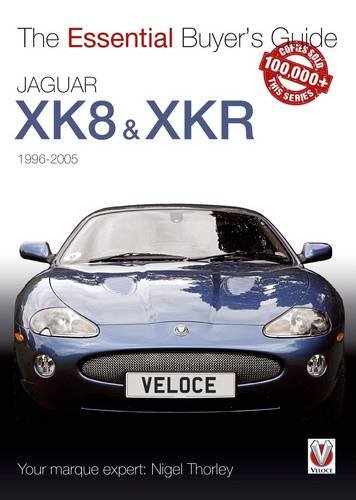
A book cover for Jaguar XK & XKR: 1996-2005 (The Essential Buyer's Guide); Nigel Thorley; Engineering & Transportation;